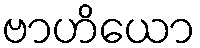
ဗာဟိယော